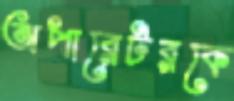
অপারেটরকে